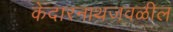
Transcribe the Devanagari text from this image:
केदारनाथजवळील